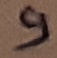
Text: 9